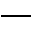
\_